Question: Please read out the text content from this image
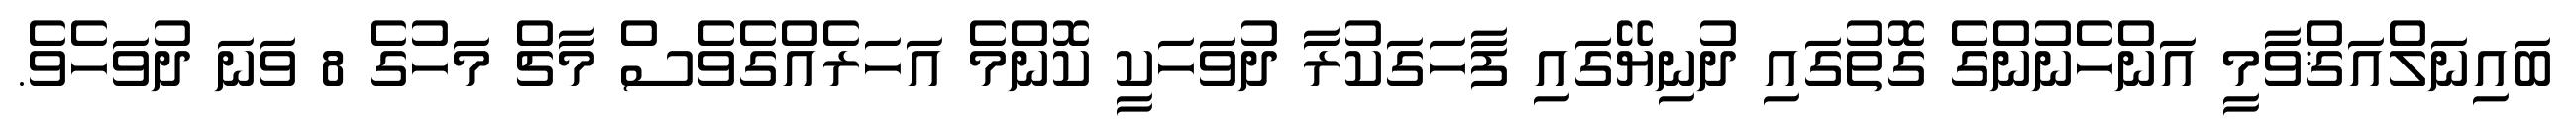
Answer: ބައިނަލްއަޤްވާމީ އަންހެނުންގެ ގޮތުގައި ދުނިޔޭގައި ފާހަގަކުރާ ދުވަހަކީ ކޮންމެ އަހަރެއްގެވެސް މާޗް މަހުގެ 8 ވަނަ ދުވަހެވެ.